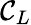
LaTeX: \mathcal{C}_{L}